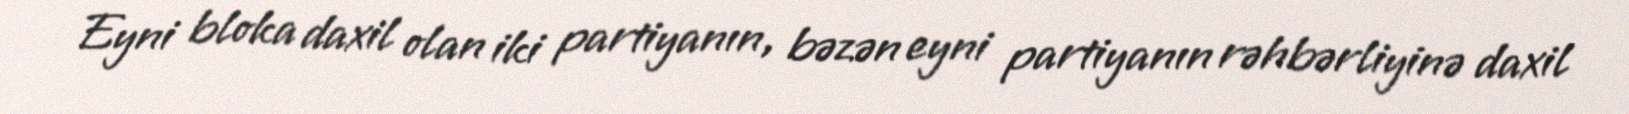
Eyni bloka daxil olan iki partiyanın, bəzən eyni partiyanın rəhbərliyinə daxil